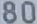
80